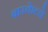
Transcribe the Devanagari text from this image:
बास्केटचे